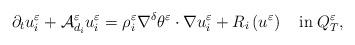
LaTeX: \begin{align*}\partial_{t}u_{i}^{\varepsilon}+\mathcal{A}_{d_{i}}^{\varepsilon}u_{i}^{\varepsilon}=\rho_{i}^{\varepsilon}\nabla^{\delta}\theta^{\varepsilon}\cdot\nabla u_{i}^{\varepsilon}+R_{i}\left(u^{\varepsilon}\right)\quad\mbox{in}\;Q_{T}^{\varepsilon},\end{align*}